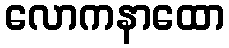
လောကနာထော